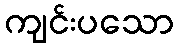
ကျင်းပသော